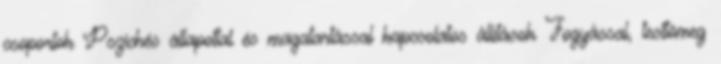
csoportok Pszichés állapottal és magatartással kapcsolatos állítások Fogyással, testtömeg